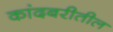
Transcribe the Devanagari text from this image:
कांदबरीतील